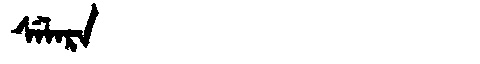
Manchu: ᠰᡝᠯᠠᡵᠠ
Romanization: SELARA